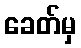
ခေတ်မှ